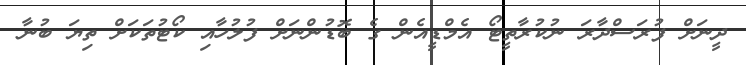
ދީނަށް ފުރަސްދާރަ ނުކުރާތީޓޯ އެމްޑީއެން ގެ ބޮޑުންނަށް ފުލުހާއި ކޯޓުތަކަށް ތިޔަ ބުނާ